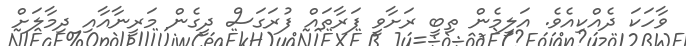
ވާހަކަ ދެއްކިއެވެ. އަލީމެން ތިބީ ރަށާވީ ފަރާތައް ފުރަގަސް ދީގެން މަރީނާއާއި ދިމާލަށް